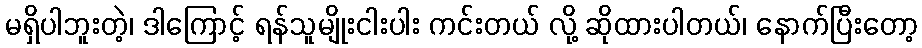
မရှိပါဘူးတဲ့၊ ဒါကြောင့် ရန်သူမျိုးငါးပါး ကင်းတယ် လို့ ဆိုထားပါတယ်၊ နောက်ပြီးတော့